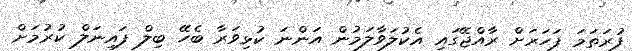
ފުރަތަމަ ފަހަރަށް ރާއްޖޭގައި އެކުލަވާލަމުން އަންނަ ކުޅިވަރާ ބެހޭ ބިލް ފައިނަލް ކުރުމަށް